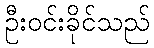
ဦးဝင်းခိုင်သည်